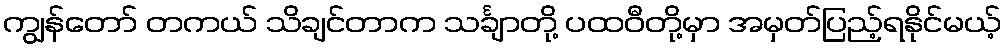
ကျွန်တော် တကယ် သိချင်တာက သင်္ချာတို့ ပထဝီတို့မှာ အမှတ်ပြည့်ရနိုင်မယ့်